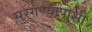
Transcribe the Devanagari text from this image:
सुरगण्यापाशी